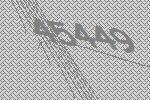
45449